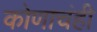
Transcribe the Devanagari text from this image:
कोणाचंही